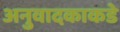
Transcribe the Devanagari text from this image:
अनुवादकाकडे